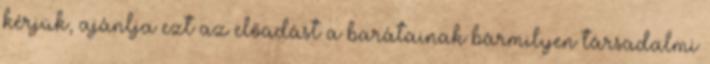
kérjük, ajánlja ezt az előadást a barátainak bármilyen társadalmi